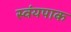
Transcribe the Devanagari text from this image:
स्वंयपाक